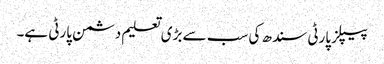
پیپلز پارٹی سندھ کی سب سے بڑی تعلیم دشمن پارٹی ہے۔